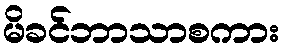
မိခင်ဘာသာစကား